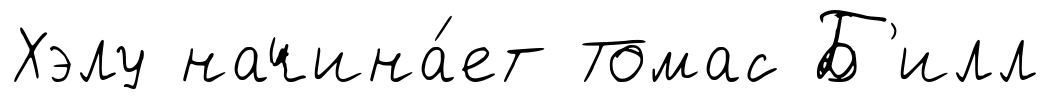
Хэлу начина́ет Томас Б'илл